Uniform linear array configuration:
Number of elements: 4
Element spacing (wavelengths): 1
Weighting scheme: hann
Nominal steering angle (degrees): -30
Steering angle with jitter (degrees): -28.156
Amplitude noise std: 0.05
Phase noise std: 0.05

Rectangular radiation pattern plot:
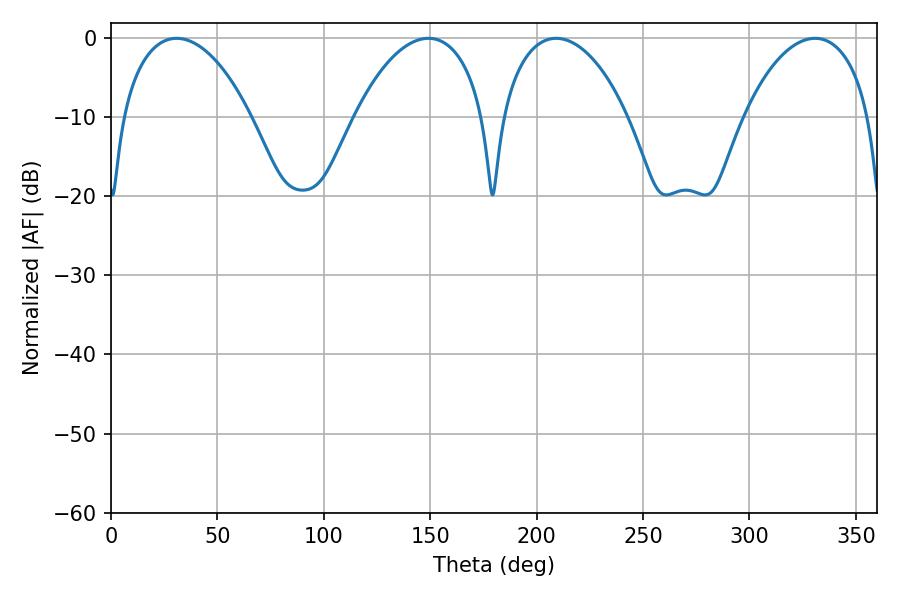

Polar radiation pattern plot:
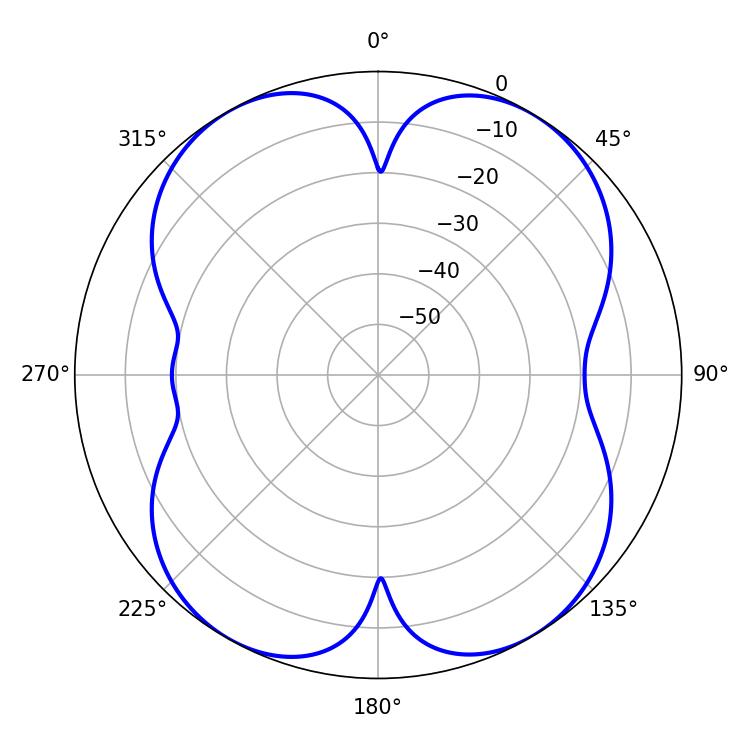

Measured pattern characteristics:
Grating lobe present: TRUE
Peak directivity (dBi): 15.833
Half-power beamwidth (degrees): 33.84
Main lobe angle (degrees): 209.16